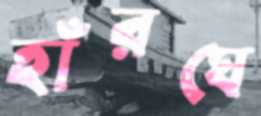
হাঁরঘে